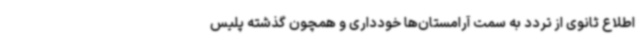
اطلاع ثانوی از تردد به سمت آرامستان‌ها خودداری و همچون گذشته پلیس